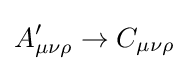
A_{\mu \nu \rho }'\rightarrow C_{\mu \nu \rho }